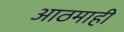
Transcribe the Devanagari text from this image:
आठमाही